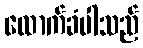
ထောက်ခံပါသည်